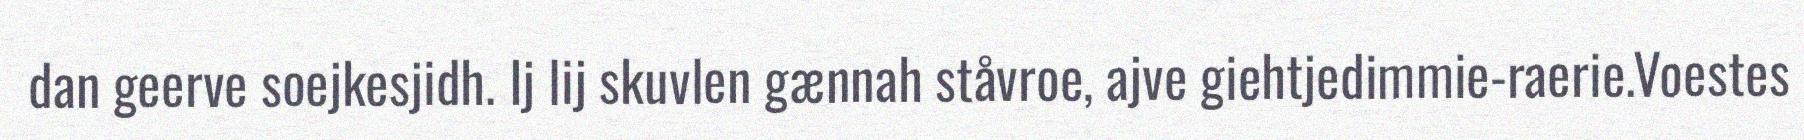
dan geerve soejkesjidh. Ij lij skuvlen gænnah ståvroe, ajve giehtjedimmie-raerie.Voestes